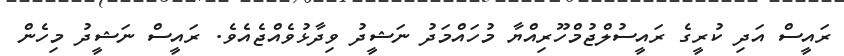
ރައީސް އަދި ކުރީގެ ރައީސުލްޖުމްހޫރިއްޔާ މުހައްމަދު ނަޝީދު ވިދާޅުވެއްޖެއެވެ. ރައީސް ނަޝީދު މިހެން